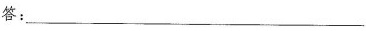
答：___